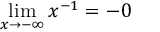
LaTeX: \operatorname* { l i m } _ { x \to - \infty } { x ^ { - 1 } } = - 0